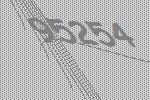
95254